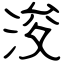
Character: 浚